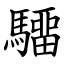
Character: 驑